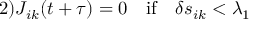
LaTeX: \mathrm { 2 ) } J _ { i k } ( t + \tau ) = 0 \quad \mathrm { i f } \quad \delta s _ { i k } < \lambda _ { 1 }